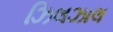
ઝિલઝાલ